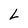
Character: L